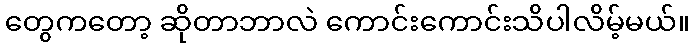
တွေကတော့ ဆိုတာဘာလဲ ကောင်းကောင်းသိပါလိမ့်မယ်။